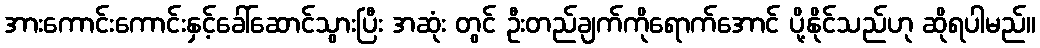
အားကောင်းကောင်းနှင့်ခေါ်ဆောင်သွားပြီး အဆုံး တွင် ဦးတည်ချက်ကိုရောက်အောင် ပို့နိုင်သည်ဟု ဆိုရပါမည်။